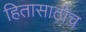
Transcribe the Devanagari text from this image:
हितासाठीच